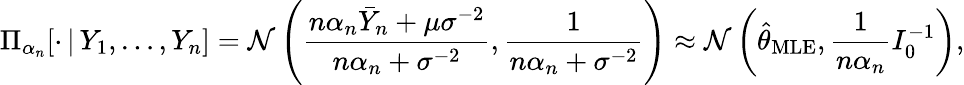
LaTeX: \Pi_{\alpha_{n}}[\cdot\, |\, Y_{1},\dots,Y_{n}]=\mathcal{N}\left(\frac{n\alpha_{n}\bar{Y}_{n}+\mu\sigma^{-2}}{n\alpha_{n}+\sigma^{-2}},\frac{1}{n\alpha_{n}+\sigma^{-2}}\right)\approx\mathcal{N}\left(\hat{\theta}_{\mathrm{MLE}},\frac{1}{n\alpha_{n}}I_{0}^{-1}\right),